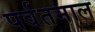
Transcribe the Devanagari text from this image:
पर्वतमाल